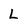
Character: L